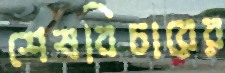
শেষবিচারের